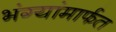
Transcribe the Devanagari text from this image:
भंग्यांमार्फत